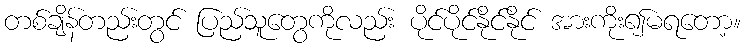
တစ်ချိန်တည်းတွင် ပြည်သူတွေကိုလည်း ပိုင်ပိုင်နိုင်နိုင် အားကိုး၍မရတော့။